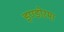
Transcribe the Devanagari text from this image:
इण्डोरमा